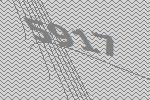
5917